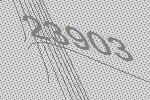
23903